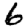
Digit: 6